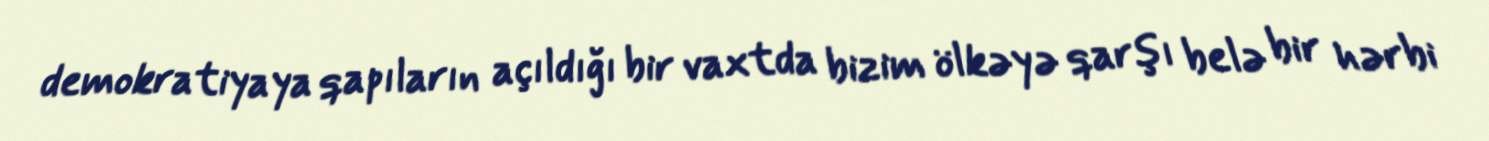
demokratiyaya qapıların açıldığı bir vaxtda bizim ölkəyə qarşı belə bir hərbi